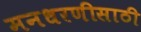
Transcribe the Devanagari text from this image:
मनधरणीसाठी